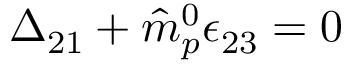
\Delta _ { 2 1 } + { \hat { m } } _ { p } ^ { 0 } \epsilon _ { 2 3 } = 0